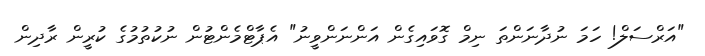
"އަރްސަލް! ހަމަ ނުދާނަންތަ ނިމް ގޮވައިގެން އަންނަންވީނު" އެޕާޓްމެންޓުން ނުކުތުމުގެ ކުރީން ރާދިން